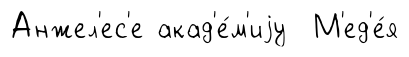
Анжел'ес'е акад'е́м'иjу М'ед'е́я